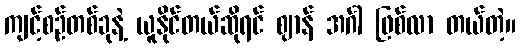
ကျင့်စဉ်တစ်ခုနဲ့ ယူနိုင်တယ်ဆိုရင် ဈာန် အင်္ဂါ ဖြစ်လာ တယ်တဲ့။